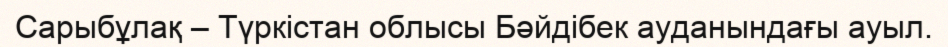
Сарыбұлақ – Түркістан облысы Бәйдібек ауданындағы ауыл.